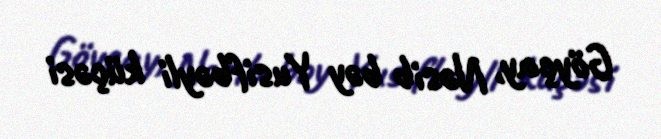
Göyçay, Nəsib bəy Yusifbəyli küçəsi